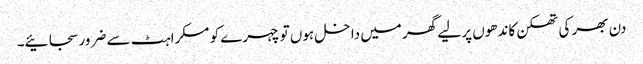
دن بھر کی تھکن کاندھوں پر لیے گھر میں داخل ہوں تو چہرے کو مسکراہٹ سے ضرور سجائیے۔